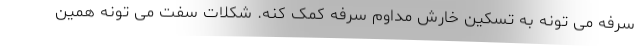
سرفه می تونه به تسکین خارش مداوم سرفه کمک کنه. شکلات سفت می تونه همین